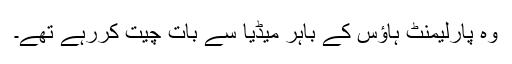
وہ پارلیمنٹ ہاﺅس کے باہر میڈیا سے بات چیت کررہے تھے۔